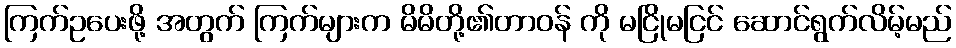
ကြက်ဥပေးဖို့ အတွက် ကြက်များက မိမိတို့၏တာဝန် ကို မငြိုမငြင် ဆောင်ရွက်လိမ့်မည်